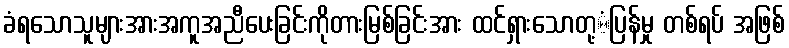
ခံရသောသူများအားအကူအညီပေးခြင်းကိုတားမြစ်ခြင်းအား ထင်ရှားသောတု့ံပြန်မှု တစ်ရပ် အဖြစ်